Leaving Certificate Examination (including Day School Certificate (Higher) General paper), 1930
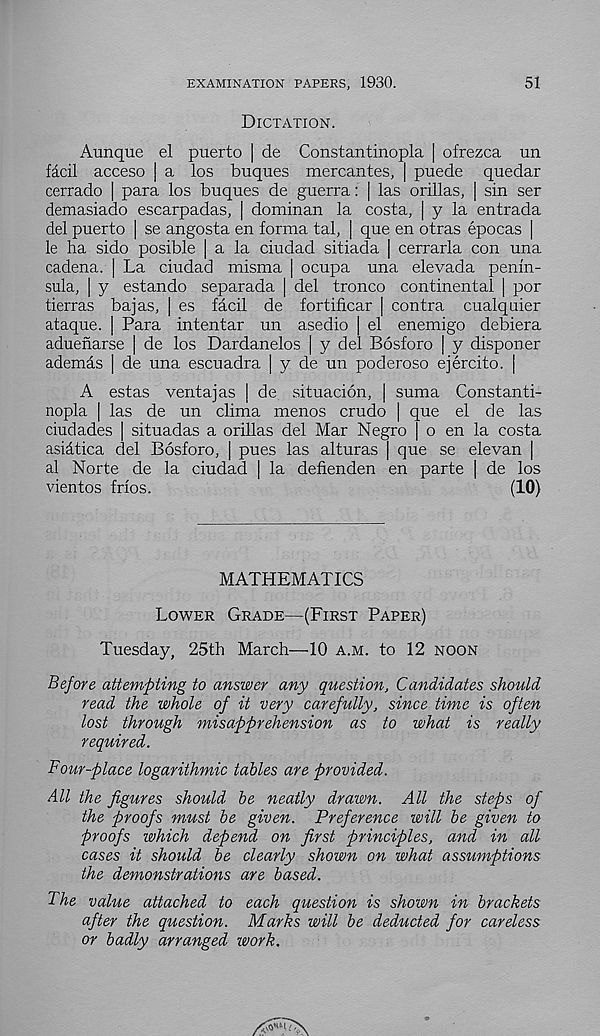
EXAMINATION PAPERS, 1930.
51
Dictation.
Aunque el puerto | de Constantinopla | ofrezca un
facil acceso | a los buques mercantes, | puede quedar
cerrado | para los buques de guerra: | las orillas, | sin ser
demasiado escarpadas, | dominan la costa, | y la entrada
del puerto | se angosta en forma tal, ] que en otras epocas |
le ha sido posible [ a la ciudad sitiada | cerrarla con una
cadena. | La ciudad misma | ocupa una elevada penin-
sula, | y estando separada | del tronco continental | por
tierras bajas, | es facil de fortificar | contra cualquier
ataque. | Para intentar un asedio | el enemigo debiera
aduenarse | de los Dardanelos | y del Bosforo [ y disponer
ademas | de una escuadra | y de un poderoso ejercito. |
A estas ventajas | de situacion, | suma Constanti-
nopla | las de un clima menos crudo | que el de las
ciudades | situadas a orillas del Mar Negro o en la costa
asidtica del Bosforo, | pues las alturas | que se elevan |
al Norte de la ciudad | la defienden en parte | de los
vientos frios.
(10)
MATHEMATICS
Lower Grade—(First Paper)
Tuesday, 25th March—10 a.m. to 12 noon
Before attempting to answer any question, Candidates should
read the whole of it very carefully, since time is often
lost through misapprehension as to what is really
required.
Four-place logarithmic tables are provided.
All the figures should be neatly drawn. All the steps of
the proofs must be given. Preference will be given to
proofs which depend on first principles, and in all
cases it should be clearly shown on what assumptions
the demonstrations are based.
The value attached to each question is shown in brackets
after the question. Marks will be deducted for careless
or badly arranged work.